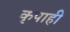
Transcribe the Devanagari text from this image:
कृपाही